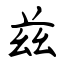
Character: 兹